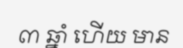
៣ ឆ្នាំ ហើយ មាន